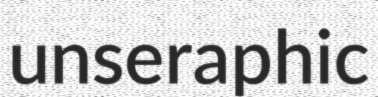
unseraphic